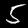
Digit: 5